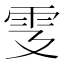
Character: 𩁾